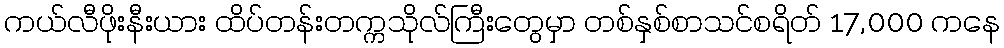
ကယ်လီဖိုးနီးယား ထိပ်တန်းတက္ကသိုလ်ကြီးတွေမှာ တစ်နှစ်စာသင်စရိတ် 17,000 ကနေ